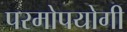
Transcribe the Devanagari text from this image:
परमोपयोगी